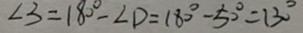
\angle 3 = 1 8 0 ^ { \circ } - \angle D = 1 8 0 ^ { \circ } - 5 0 ^ { \circ } = 1 3 0 ^ { \circ }